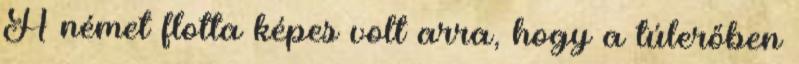
A német flotta képes volt arra, hogy a túlerőben